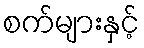
စက်များနှင့်